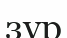
зур